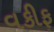
વકીફ